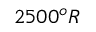
2 5 0 0 ^ { o } R